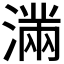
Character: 𭲞